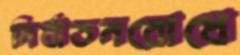
নির্যাতনরোধে